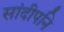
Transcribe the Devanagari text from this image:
सांदीपनि